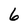
Character: 6